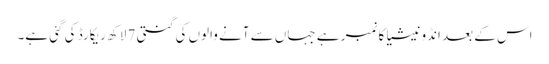
اس کے بعد انڈونیشیا کا نمبر ہے جہاں سے آنے والوں کی گنتی 7 لاکھ ریکارڈ کی گئی ہے۔